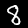
Label: 8